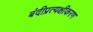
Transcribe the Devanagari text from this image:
बंदीप्रत्यक्षीकरण